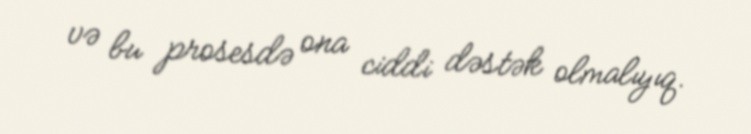
və bu prosesdə ona ciddi dəstək olmalıyıq.